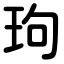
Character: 玽